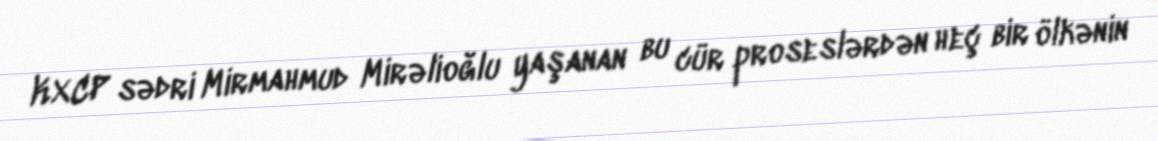
KXCP sədri Mirmahmud Mirəlioğlu yaşanan bu cür proseslərdən heç bir ölkənin